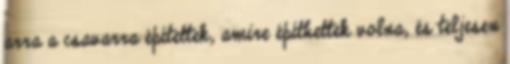
arra a csavarra építettek, amire építhettek volna, és teljesen